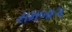
રામબાગ